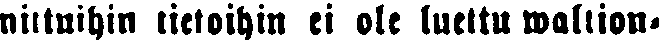
nittuihin tietoihin ei ole luettu waltion-